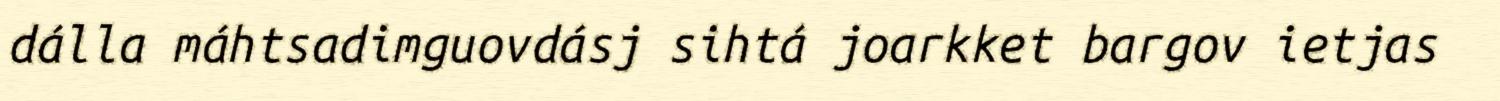
dálla máhtsadimguovdásj sihtá joarkket bargov ietjas